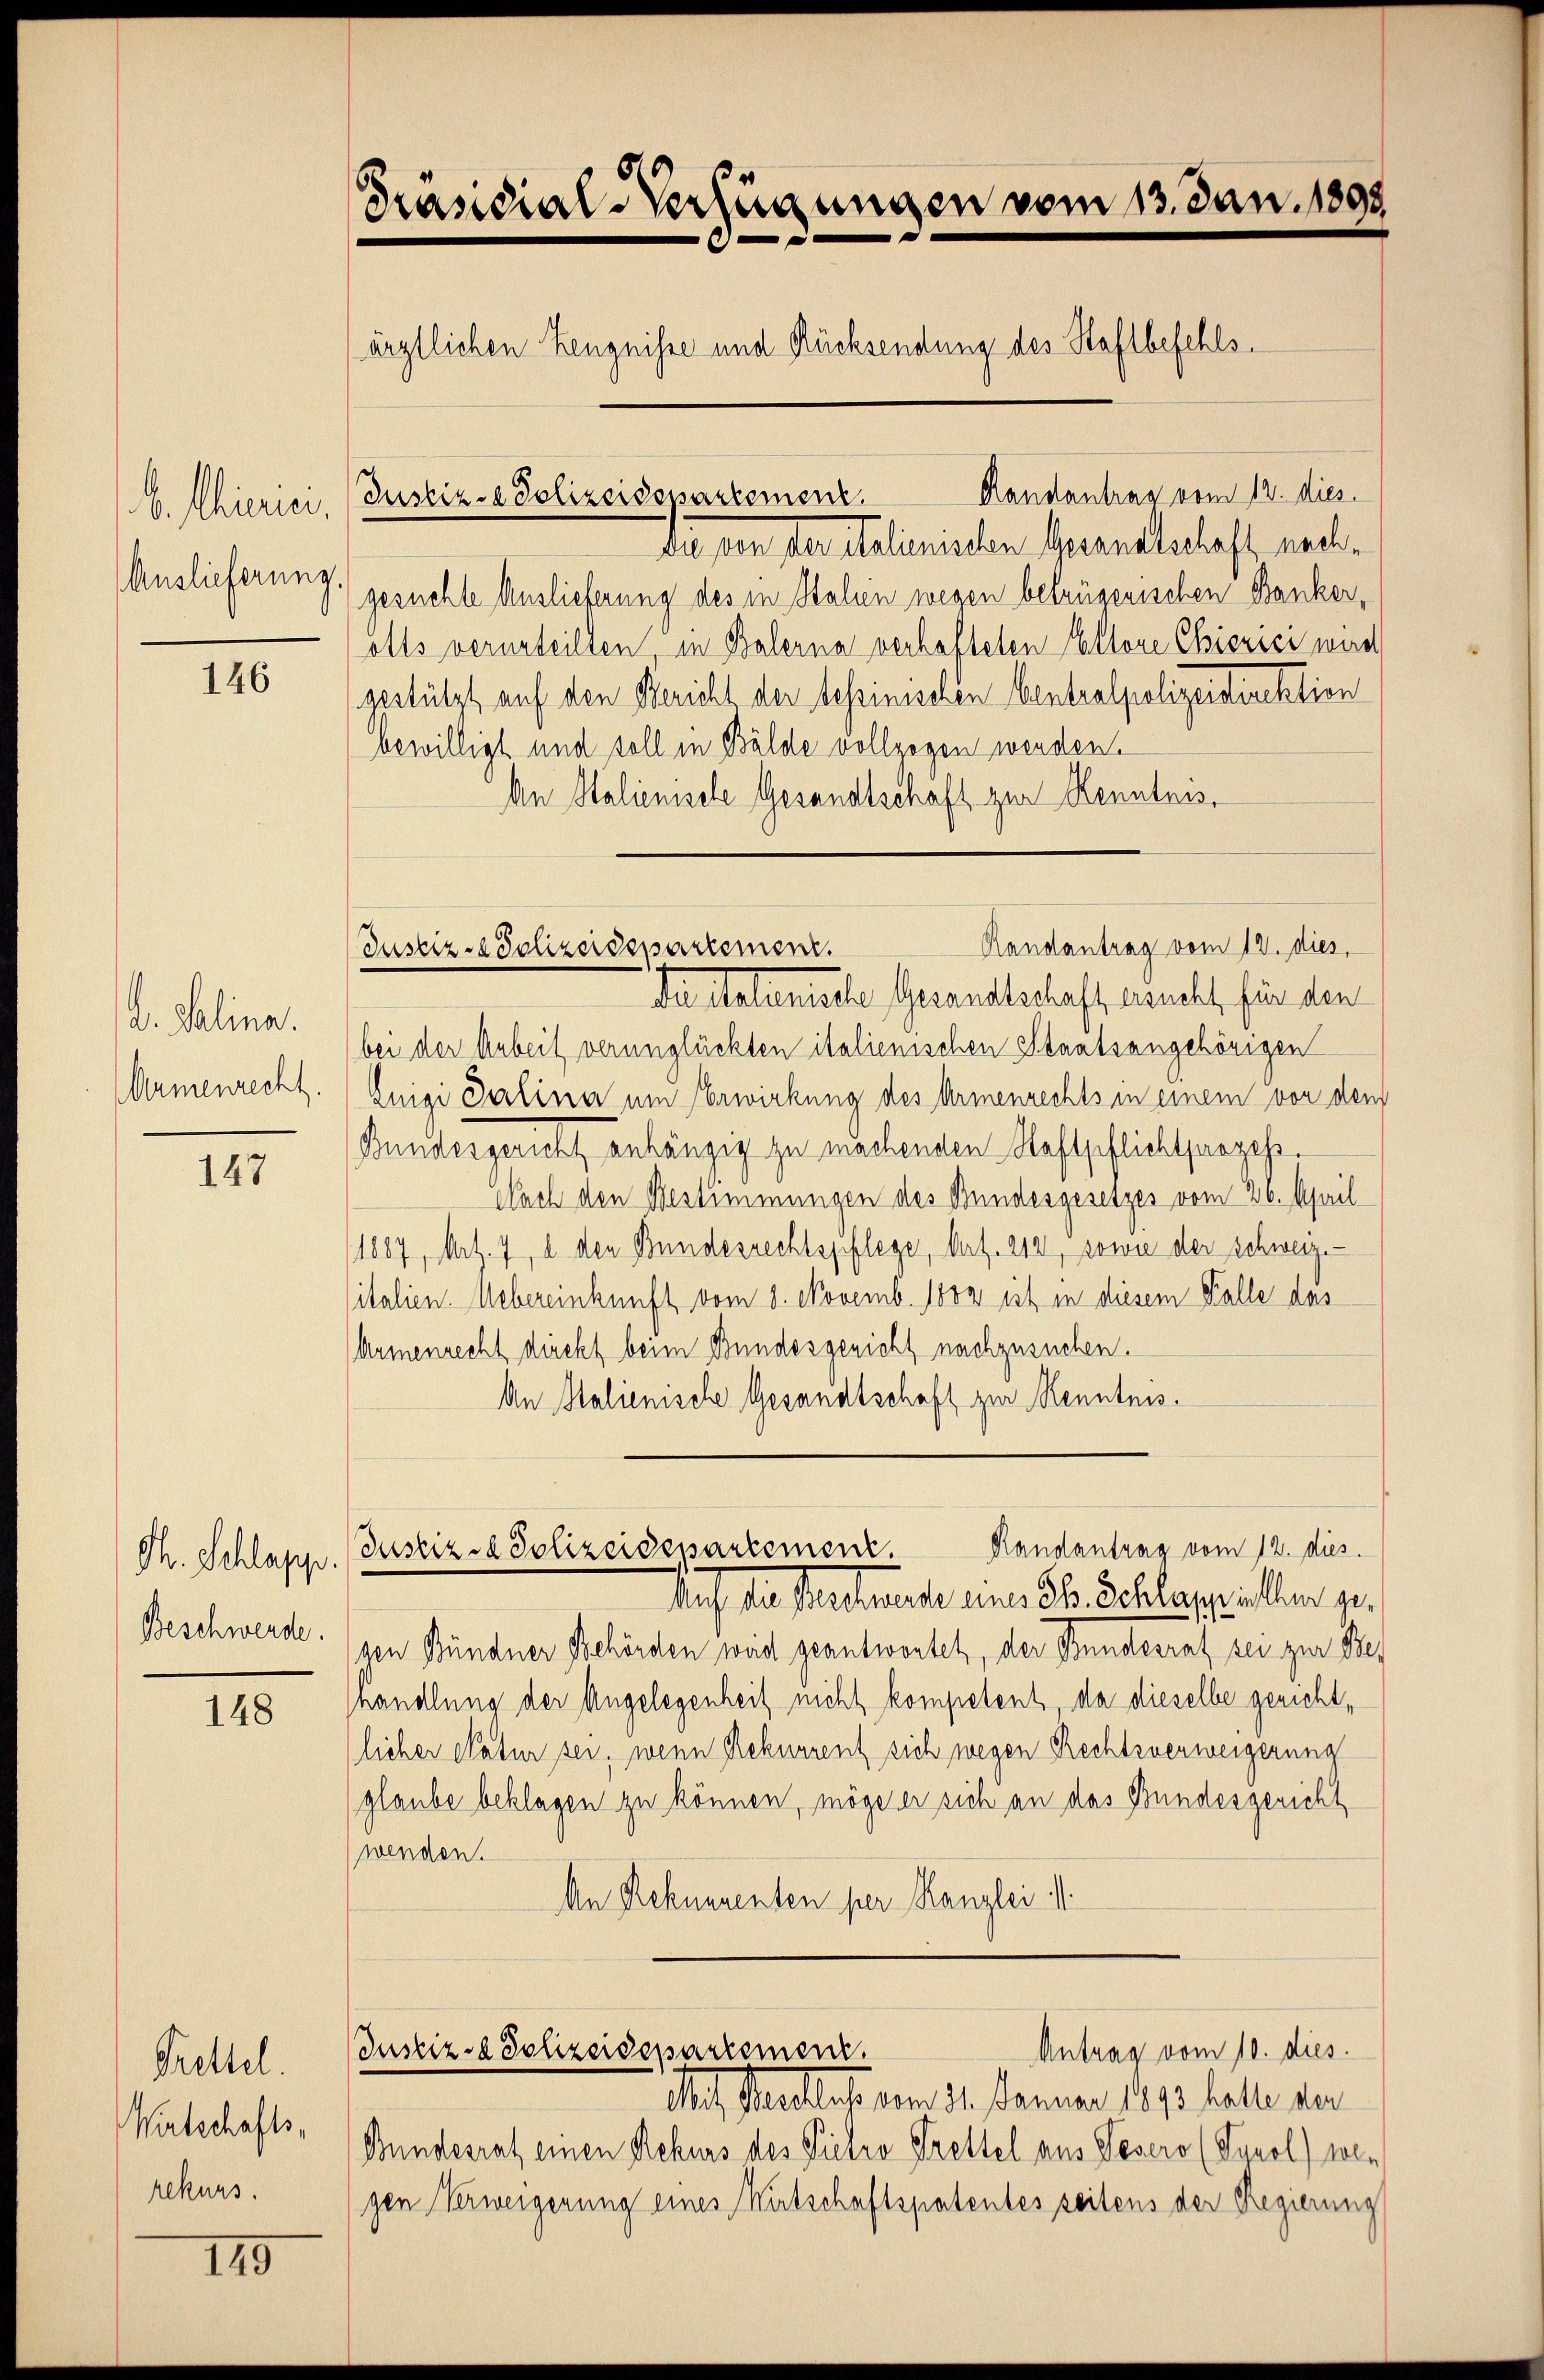
b. Thierici,
Auslieferung.

146

d. Salina.
Armenrecht.

147

Th. Schlapp.

148

Grettel.
Wirtschafts-
rekurs.

179

Präsidial-Verfügungen vom 13. Jan. 1893.
ärztlichen Zeugnisse und Rücksendung des Staftbefehls¬
Randantrag vom 12. dies
Justiz- & Polizeidepartement.

din den der Italienischen Grandtschaft nachgesuchte Auslieferung des in Stahen wegen betrügenischen Bankerolts verurteilten in Balerna verhafteten Altore Chiszici wird
gestützt auf den Bericht der tessinischen Centralpolizeidirektion
bewilligt und soll in Bälde vollzogen werden.
An Stalienische Gesandtschaft zur Kenntnis.
Da talienische Gesandtschaft seucht für den
bei der Arbeit verunglückten italienischen Staatsangehörigen
Luigi Salina um Erwirkung des Armenrechts in einem von dem
Bundesgericht anhängig zu machenden Haftpflichtparzes.
Nach den Bestimmungen des Bundesgesetzes vom 26. April
1887, Metz. 7, u. den Bundesrechtspflege, Mart. 214, sowie der Schweiz.
italien. Uebereinkunft vom 8. Novemb. 1802 ist in diesem Falle das
Armenrecht direkt beim Bundesgericht nachzusuchen.
An Stalienische Gesandtschaft zur Kenntnis.

Randantrag vom 12. dies
Justiz-Polizeidepartement.

Randantrag vom 12. dies
Justiz & Polizeidessartemen

Auf die Vertraute eine E. Schlappellen ge¬
Beschwerde. Bündner Behörden weid geantwortet, der Bundesrat sei zur Bes
handlung der Angelegenheit nicht kompetent, da dieselbe gerichtlicher Natur sei, wenn Rekurrent sich wegen Rechtsverweigerung
glaube beklagen zu können, mögen er sich an das Bundesgericht
wenden.
An Rekurrenten per Kanzlei M
Justiz- & Polizeidepartement.
Antrag vom 10. dies
Mas Staatlich am 31. Januar 1890 hatte der
Bundesrat einen Rekurs des Pietro Prettel aus Pesero (Sonol) vole
gen Verweigerung eines Wirtschaftspatentes seitens der Regierung